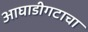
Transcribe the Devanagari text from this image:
आघाडीगटाचा